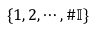
\{ 1 , 2 , \cdots , \# \mathbb { I } \}